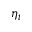
\eta _ { t }